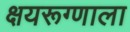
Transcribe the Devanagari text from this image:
क्षयरूग्णाला